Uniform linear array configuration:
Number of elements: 24
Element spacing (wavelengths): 0.5
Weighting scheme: uniform
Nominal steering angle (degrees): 15
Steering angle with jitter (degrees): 15.512
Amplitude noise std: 0.05
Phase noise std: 0.05

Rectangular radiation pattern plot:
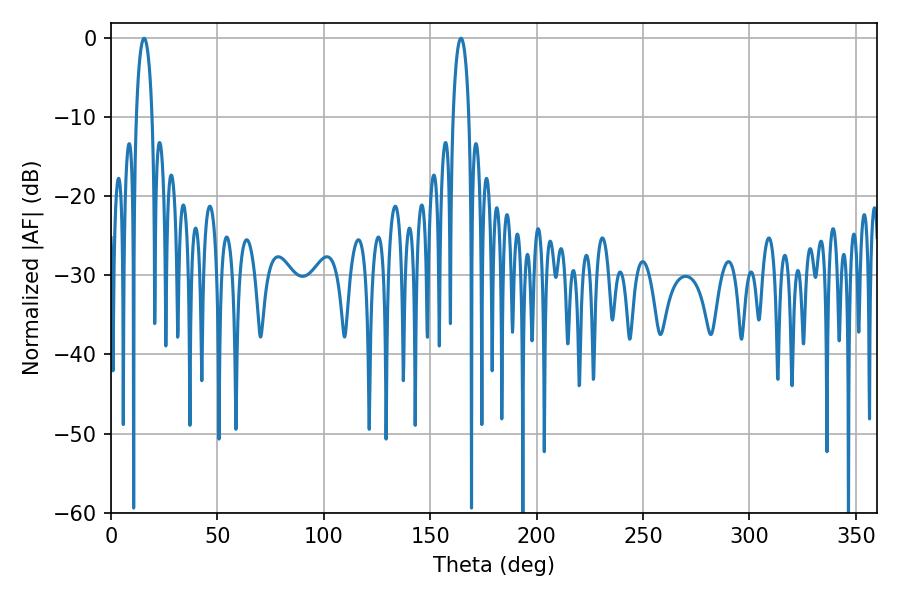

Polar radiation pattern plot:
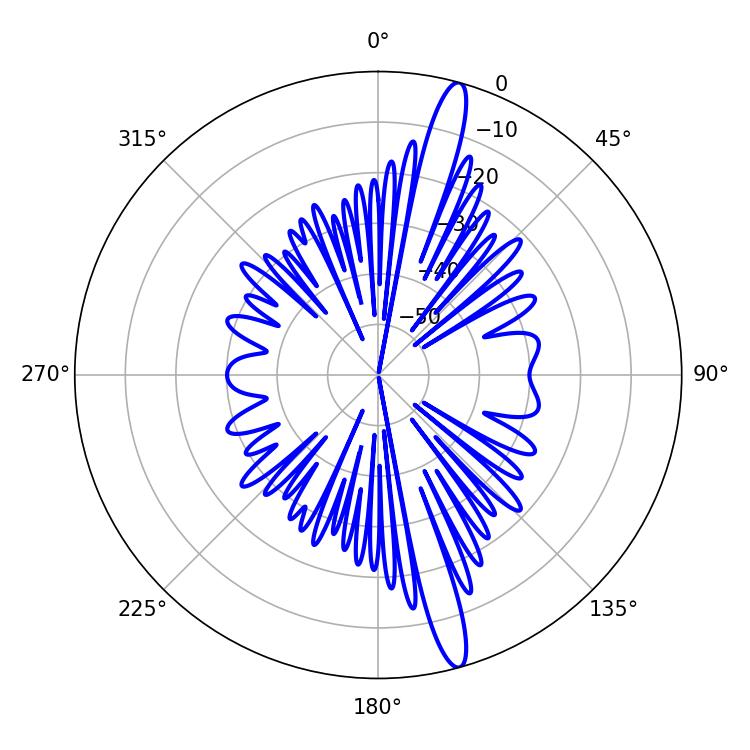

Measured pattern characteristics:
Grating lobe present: FALSE
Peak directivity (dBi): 16.337
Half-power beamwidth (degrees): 4.14
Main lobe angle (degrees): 15.48